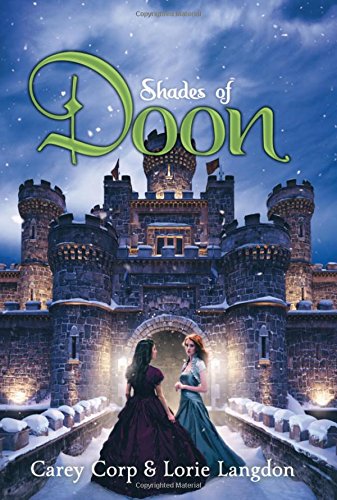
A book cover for Shades of Doon (A Doon Novel); Carey Corp; Teen & Young Adult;